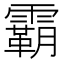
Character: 霸